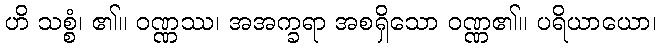
ဟိ သစ္စံ၊ ၏။ ဝဏ္ဏဿ၊ အအက္ခရာ အစရှိသော ဝဏ္ဏ၏။ ပရိယာယော၊